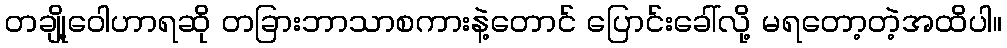
တချို့ဝေါဟာရဆို တခြားဘာသာစကားနဲ့တောင် ပြောင်းခေါ်လို့ မရတော့တဲ့အထိပါ။